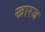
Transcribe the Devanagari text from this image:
खारज